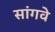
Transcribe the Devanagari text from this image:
सांगवे